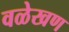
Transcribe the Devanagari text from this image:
वळेखण